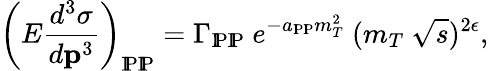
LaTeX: \left(E\frac{d^{3}\sigma}{d{\mathbf p}^{3}}\right)_{\mathrm{I\! P\mathrm{I\! P}}}=\Gamma_{\mathrm{I\! P\mathrm{I\! P}}}\ e^{-a_{\mathrm{I\! P\mathrm{I\! P}}}m_{T}^{2}}\ (m_{T}\ \sqrt{s})^{2\epsilon},